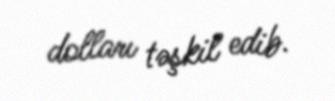
dolları təşkil edib.